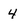
Character: 4